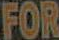
FOR